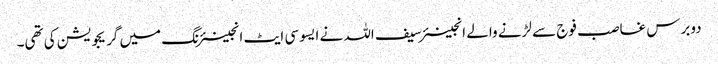
دوبرس غاصب فوج سے لڑنے والے انجینئر سیف اللہ نے ایسوسی ایٹ انجینئرنگ میں گریجویشن کی تھی۔